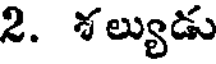
2. శల్యుడు